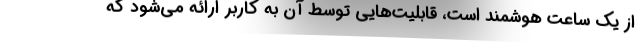
از یک ساعت هوشمند است، قابلیت‌هایی توسط آن به کاربر ارائه می‌شود که